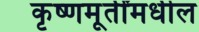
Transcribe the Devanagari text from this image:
कृष्णमूर्तींमधील